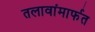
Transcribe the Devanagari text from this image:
तलावांमार्फत